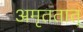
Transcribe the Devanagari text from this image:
अमृततात्